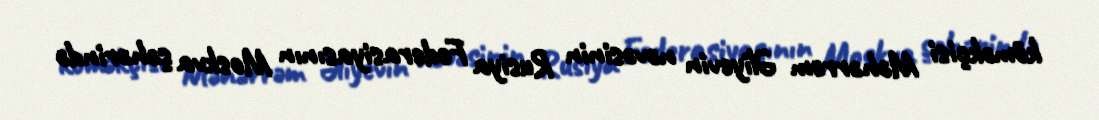
köməkçisi Məhərrəm Əliyevin nəvəsinin Rusiya Federasiyasının Moskva şəhərində